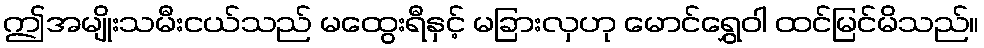
ဤအမျိုးသမီးငယ်သည် မထွေးရီနှင့် မခြားလှဟု မောင်ရွှေဝါ ထင်မြင်မိသည်။